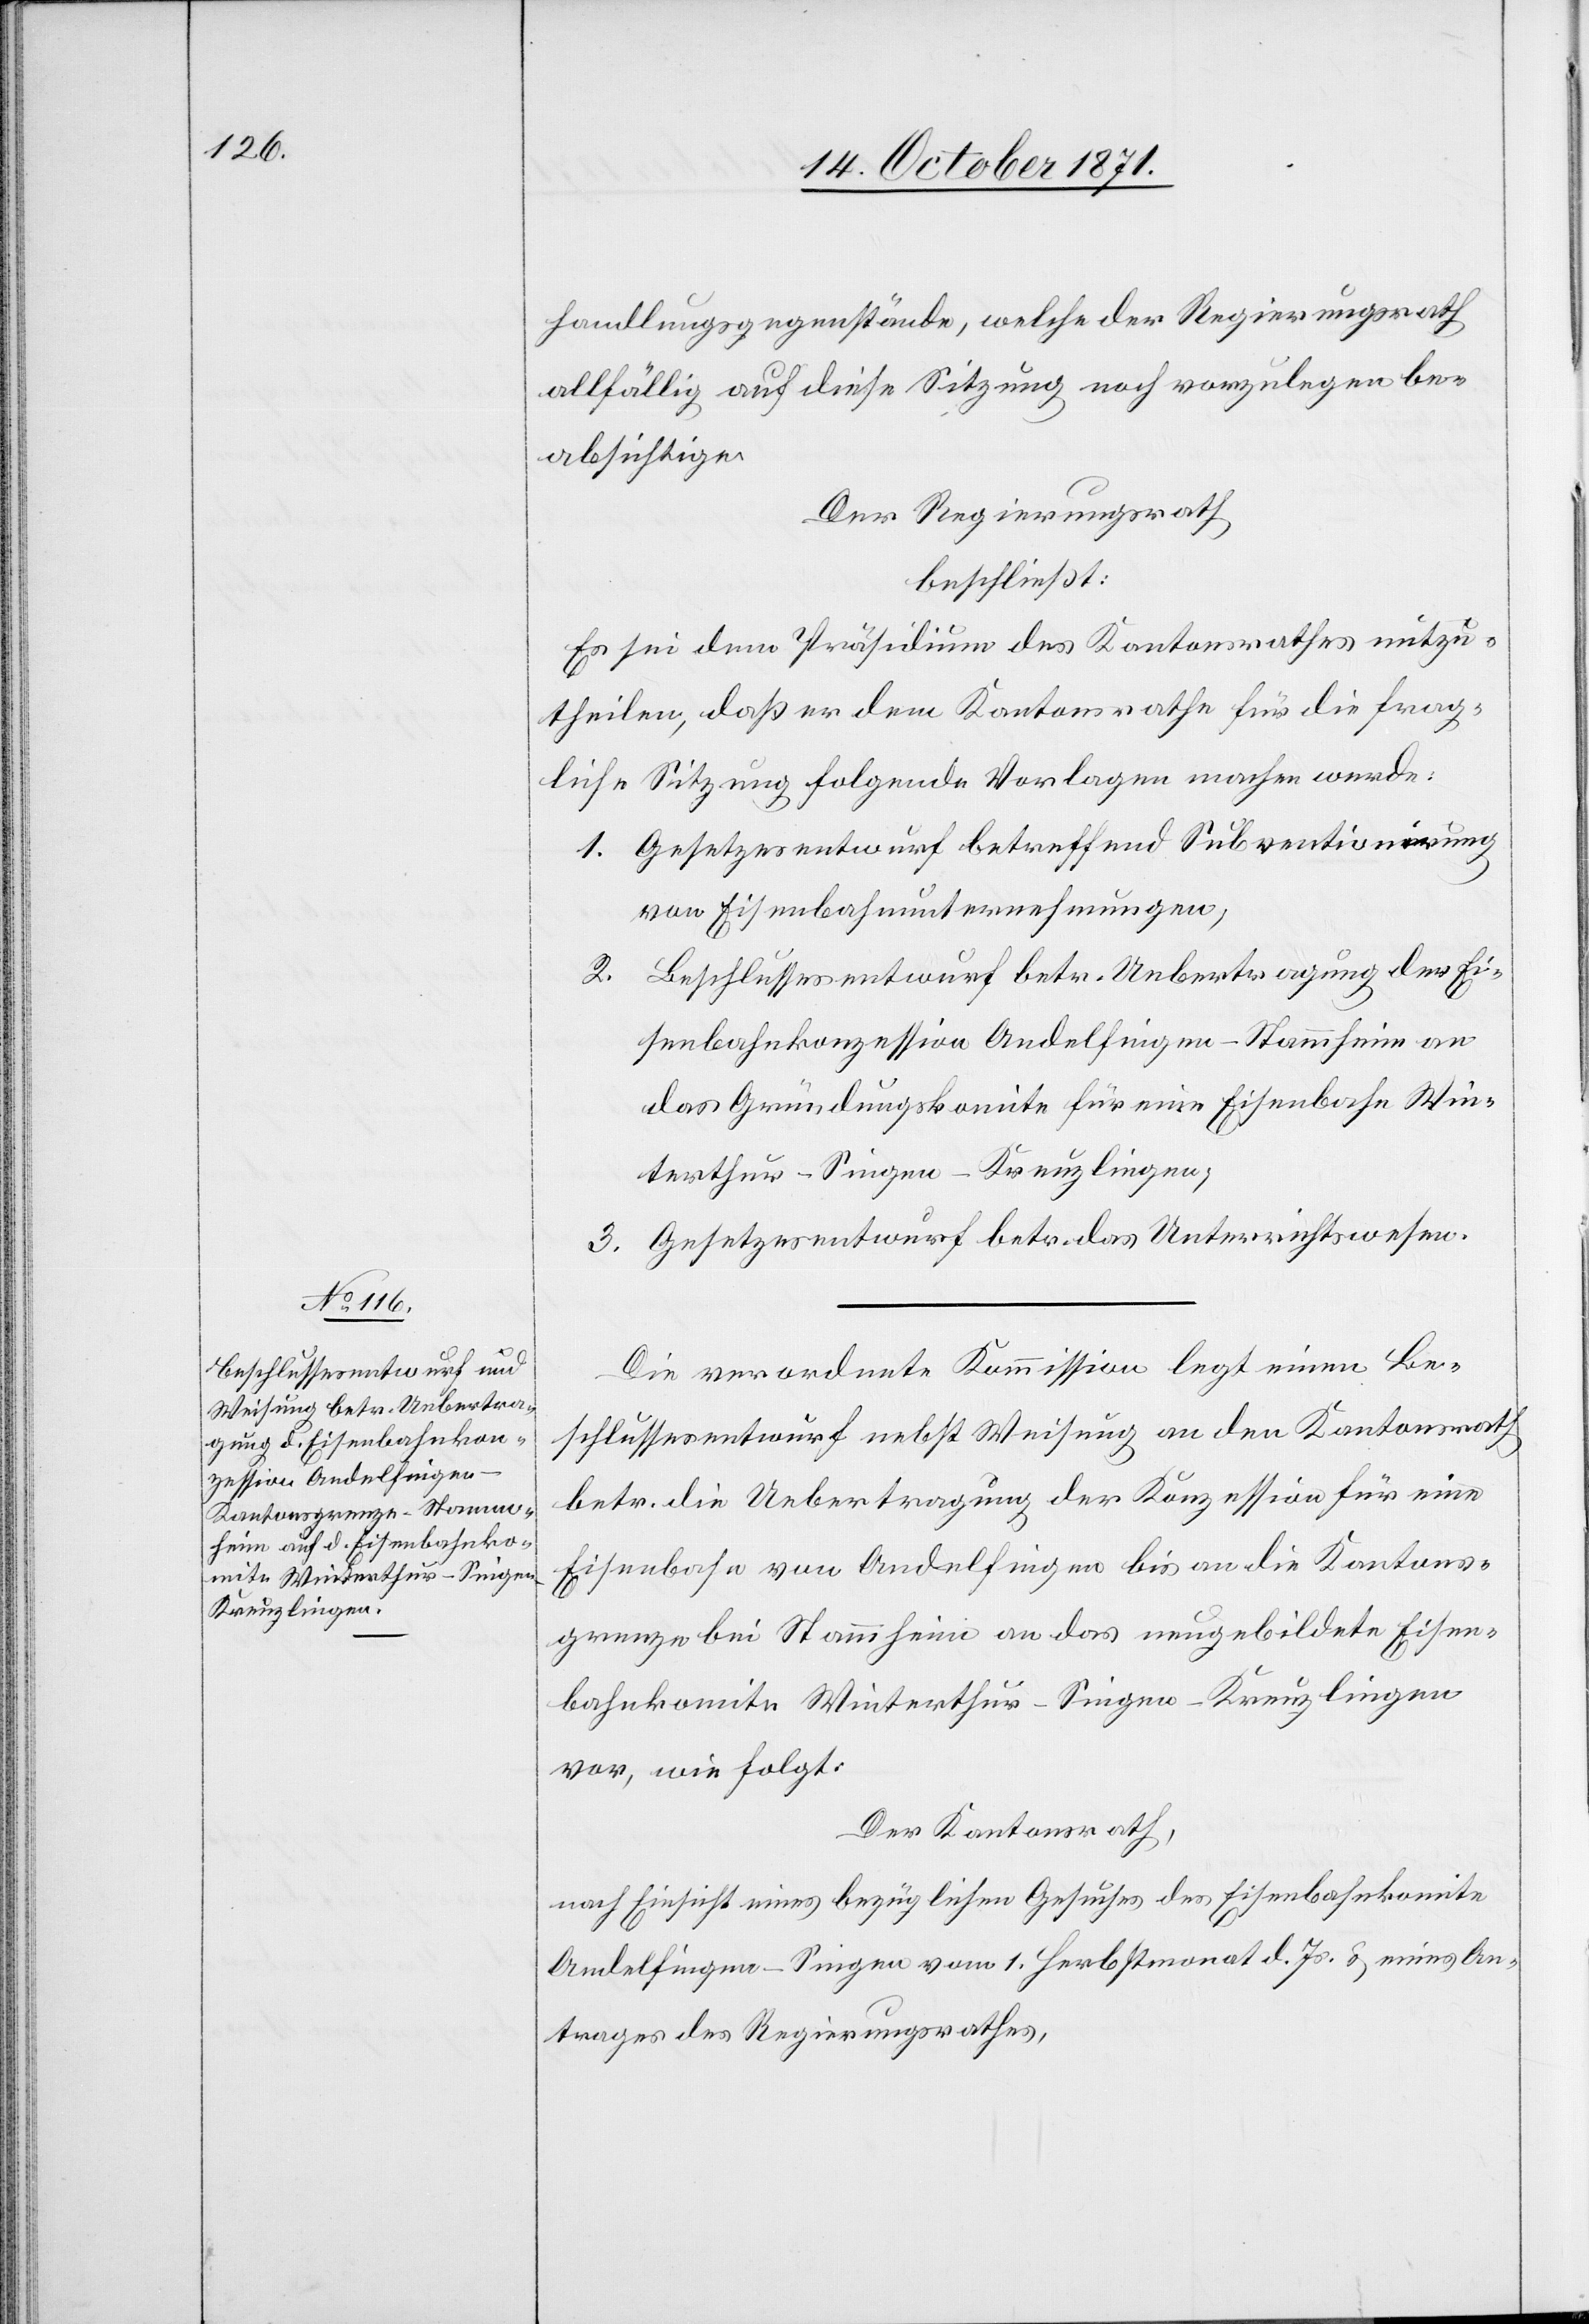
handlungsgegenstände, welche der Regierungsrath
allfällig auf diese Sitzung noch vorzulegen be¬
absichtige.
Der Regierungsrath
beschließt:
Es sei dem Präsidium des Kantonsrathes mitzu¬
theilen, daß er dem Kantonsrathe für die frag¬
liche Sitzung folgende Vorlagen machen werde:
1. Gesetzesentwurf betreffend Subventionirung
von Eisenbahnunternehmungen,
2. Beschlussesentwurf betr. Uebertragung der Ei¬
senbahnkonzession Andelfingen–Stammheim an
das Gründungskomite für eine Eisenbahn Win¬
terthur–Singen–Kreuzlingen,
3. Gesetzesentwurf betr. das Unterrichtswesen.
Die verordnete Kommission legt einen Be¬
schlussesentwurf nebst Weisung an den Kantonsrath
betr. die Uebertragung der Konzession für eine
Eisenbahn von Andelfingen bis an die Kantons¬
grenze bei Stammheim an das neugebildete Eisen¬
bahnkomite Winterthur–Singen–Kreuzlingen
vor, wie folgt:
Der Kantonsrath,
nach Einsicht eines bezüglichen Gesuches des Eisenbahnkomite
Andelfingen–Singen vom 1. Herbstmonat d. Js. & eines An¬
trages des Regierungsrathes,